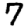
Digit: 7